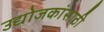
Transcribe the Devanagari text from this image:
उद्योजकांसाठी